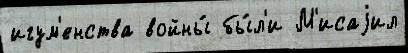
игум'енства войны́ бы́л'и М'исаjил